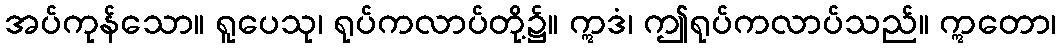
အပ်ကုန်သော။ ရူပေသု၊ ရုပ်ကလာပ်တို့၌။ ဣဒံ၊ ဤရုပ်ကလာပ်သည်။ ဣတော၊